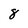
Character: 8